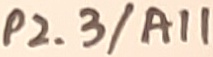
Text: P2.3/A11